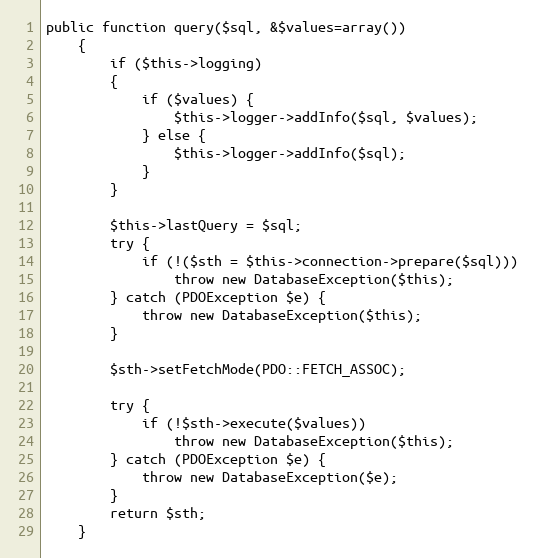
Language: PHP
public function query($sql, &$values=array())
	{
		if ($this->logging)
		{
			if ($values) {
				$this->logger->addInfo($sql, $values);
			} else {
				$this->logger->addInfo($sql);
			}
		}

		$this->lastQuery = $sql;
		try {
			if (!($sth = $this->connection->prepare($sql)))
				throw new DatabaseException($this);
		} catch (PDOException $e) {
			throw new DatabaseException($this);
		}

		$sth->setFetchMode(PDO::FETCH_ASSOC);

		try {
			if (!$sth->execute($values))
				throw new DatabaseException($this);
		} catch (PDOException $e) {
			throw new DatabaseException($e);
		}
		return $sth;
	}